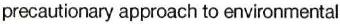
precautionary approach to environmental